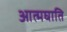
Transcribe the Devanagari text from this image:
आत्मघाति